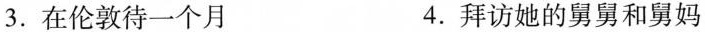
3.在伦敦待一个月 4.拜访她的舅舅和舅妈